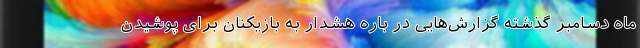
ماه دسامبر گذشته گزارش‌هایی در باره هشدار به بازیکنان برای پوشیدن